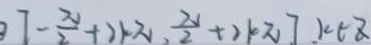
[ - \frac { \pi } { 2 } + 2 k \pi , \frac { \pi } { 2 } + 2 k \pi ] . k \in z